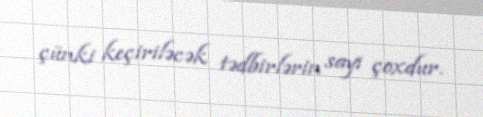
çünki keçiriləcək tədbirlərin sayı çoxdur.